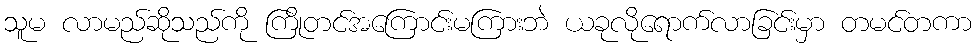
သူမ လာမည်ဆိုသည်ကို ကြိုတင်အကြောင်းမကြားဘဲ ယခုလိုရောက်လာခြင်းမှာ တမင်တကာ